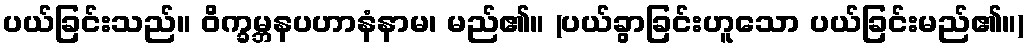
ပယ်ခြင်းသည်။ ဝိက္ခမ္ဘနပဟာနံနာမ၊ မည်၏။ (ပယ်ခွာခြင်းဟူသော ပယ်ခြင်းမည်၏။)